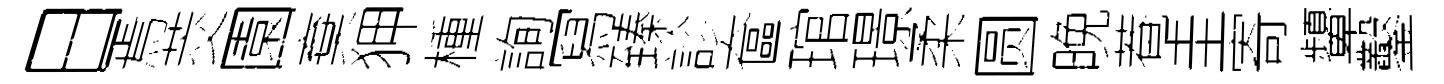
日焉茭園棄狎㮔詢冩臻診奩琯璟柔圆晚菴圭寄顰鑿